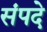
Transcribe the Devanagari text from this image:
संपदे